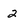
Character: 2